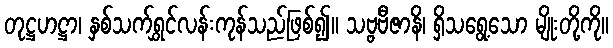
တုဋ္ဌဟဋ္ဌာ၊ နှစ်သက်ရွှင်လန်းကုန်သည်ဖြစ်၍။ သဗ္ဗဗီဇာနိ၊ ရှိသရွေ့သော မျိုးတို့ကို။